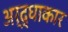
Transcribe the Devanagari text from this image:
अर्द्धाकार